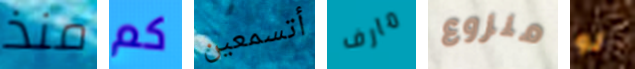
منذ كم أتسمعين مارف منزوع لو